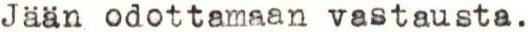
Jaan odottamaan vastausta.